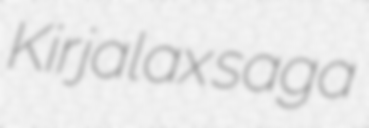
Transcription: Kirjalax saga